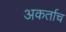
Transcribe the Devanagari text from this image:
अकर्ताच